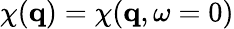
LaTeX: \chi(\mathbf{q})=\chi(\mathbf{q},\omega=0)